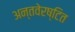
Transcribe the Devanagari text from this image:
अन्तवेरष्टित